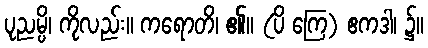
ပုညမ္ပိ၊ ကိုလည်း။ ကရောတိ၊ ၏။ (ပိ ကြေ) ဧကဒါ၊ ၌။